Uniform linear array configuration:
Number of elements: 32
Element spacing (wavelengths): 0.75
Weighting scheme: hamming
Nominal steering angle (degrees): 45
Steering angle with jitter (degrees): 45.458
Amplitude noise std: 0.05
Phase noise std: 0.05

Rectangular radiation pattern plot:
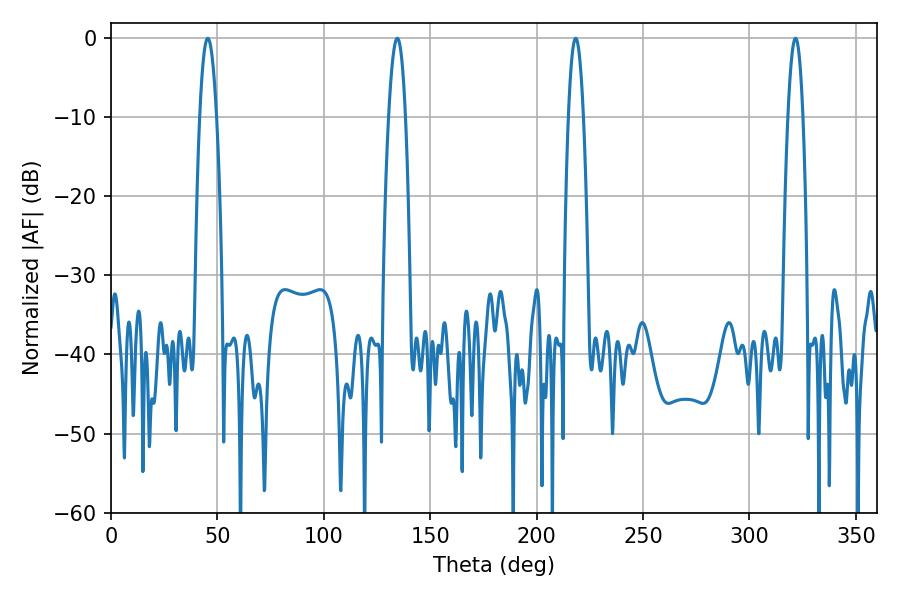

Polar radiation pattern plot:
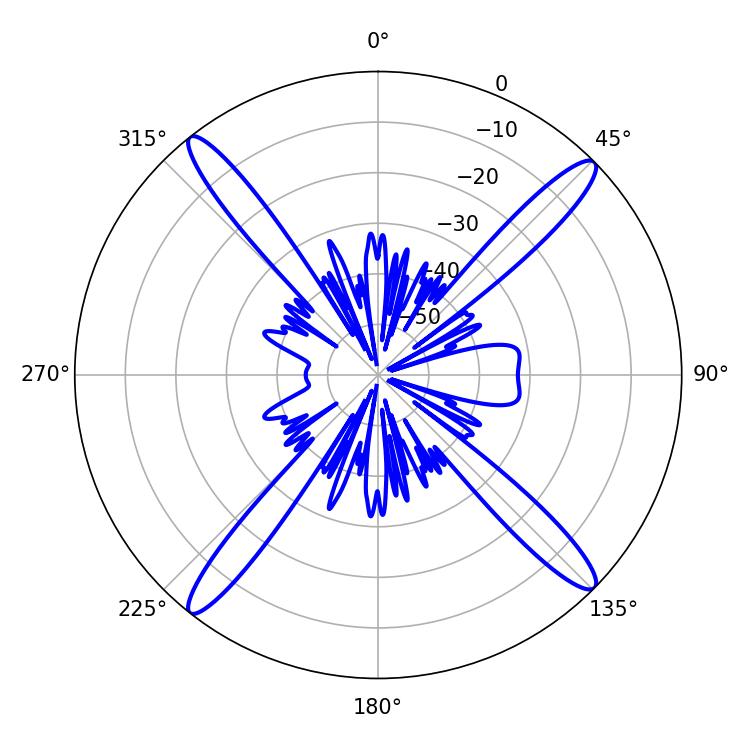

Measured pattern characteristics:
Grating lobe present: TRUE
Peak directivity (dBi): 18.786
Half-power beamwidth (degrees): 3.96
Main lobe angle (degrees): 218.34